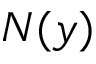
N ( y )